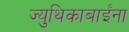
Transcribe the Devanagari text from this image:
ज्युथिकाबाईंना